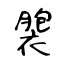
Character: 褜